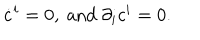
\dot { c } ^ { i } = 0 , \mathrm { ~ a n d ~ } \partial _ { i } c ^ { i } = 0 .